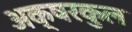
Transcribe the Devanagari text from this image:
अक्षरकुल